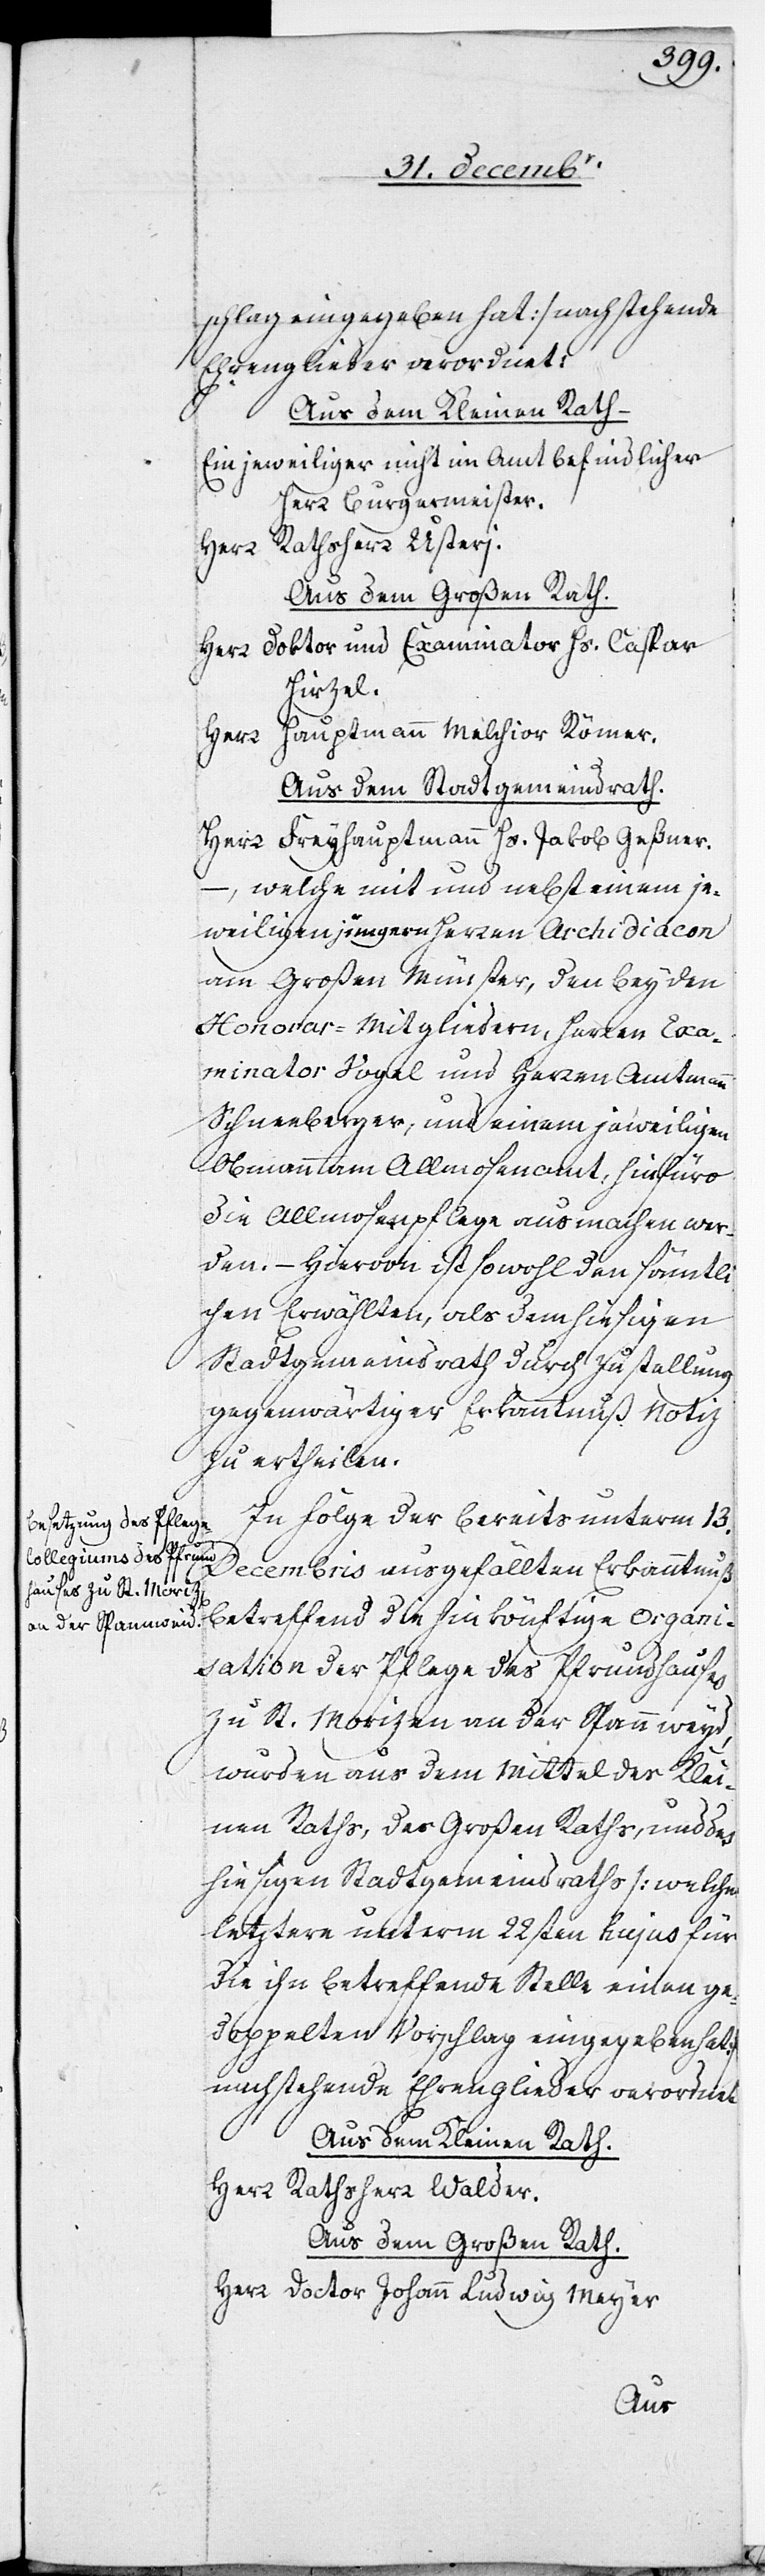
schlag eingegeben hat] nachstehende
Ehrenglieder verordnet:
Aus dem Kleinen Rath ‒
Ein jeweiliger nicht im Amt befindlicher
Herr Burgermeister.
Herr Rathsherr Usteri.
Aus dem Großen Rath.
Herr Doktor und Examinator Hs. Caspar
Hirzel.
Hauptmann Melchior Römer.
Herr
Aus dem Stadtgemeindrath.
Herr Freyhauptmann Hs. Jakob Geßner.
–, welche mit und nebst einem je¬
weiligen jüngern Herrn Archidiacon
am Großen Münster, den beyden
Honorar-Mitgliedern, Herren Exa¬
minator Vogel und Herren Amtmann
Schneeberger, und einem jeweiligen
Obmann am Allmosenamt, hinfüro
die Allmosenpflege ausmachen wer¬
den. – Hiervon ist sowohl den sämtl¬
ichen Erwählten, als dem hiesigen
Stadtgemeindrath durch Zustellung
gegenwärtiger Erkanntnuß Notiz
zu ertheilen.
In Folge der bereits unterm 13.
Decembris ausgefällten Erkanntnuß
betreffend die hinkönftige Organi¬
sation der Pflege des Pfrundhauses
zu St. Morizen an der Spannweyd,
wurden aus dem Mittel des Klei¬
nen Raths, des Großen Raths, und des
hiesigen Stadtgemeindraths [welche
letztere unterm 22sten hujus für
die ihn betreffende Stelle einen ge¬
doppelten Vorschlag eingegeben hat]
nachstehende Ehrenglieder verordnet:
Aus dem Kleinen Rath.
Herr Rathsherr Walder.
Aus dem Großen Rath.
Herr Doctor Johann Ludwig Meyer